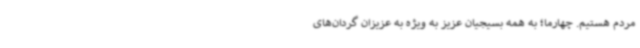
مردم هستیم. چهارما؛ به همه بسیجیان عزیز به ویژه به عزیزان گردان‌های